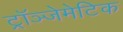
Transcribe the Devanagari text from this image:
ट्रॉञ्जेमेटिक